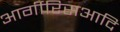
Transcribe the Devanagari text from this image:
आर्गीरिसआदि